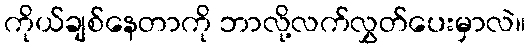
ကိုယ်ချစ်နေတာကို ဘာလို့လက်လွှတ်ပေးမှာလဲ။